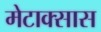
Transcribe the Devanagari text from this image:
मेटाक्सास